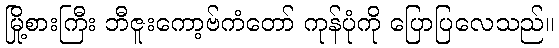
မြို့စားကြီး ဘီဇူးကော့ဗ်ကံတော် ကုန်ပုံကို ပြောပြလေသည်။